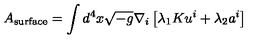
A _ { \mathrm { s u r f a c e } } = \int d ^ { 4 } x \sqrt { - g } \nabla _ { i } \left[ \lambda _ { 1 } K u ^ { i } + \lambda _ { 2 } a ^ { i } \right]